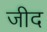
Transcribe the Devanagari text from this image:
जीद